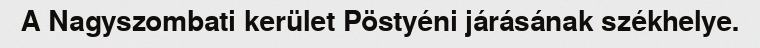
A Nagyszombati kerület Pöstyéni járásának székhelye.